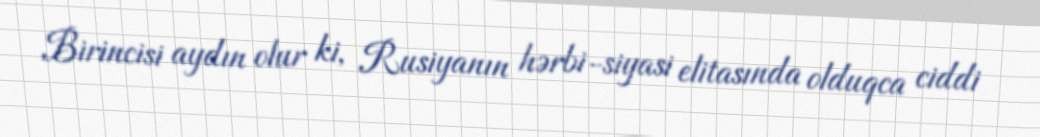
Birincisi aydın olur ki, Rusiyanın hərbi-siyasi elitasında olduqca ciddi